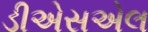
ડીએસએલ